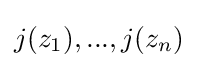
j(z_{1}),...,j(z_{n})